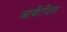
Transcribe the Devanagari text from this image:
आर्केजिल